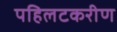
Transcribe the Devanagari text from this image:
पहिलटकरीण